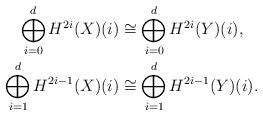
LaTeX: \begin{align*}\bigoplus^{d}_{i=0} H^{2i}({X})(i)&\cong \bigoplus^{d}_{i=0} H^{2i}({Y})(i),\\\bigoplus^{d}_{i=1} H^{2i-1}({X})(i)&\cong \bigoplus^{d}_{i=1} H^{2i-1}({Y})(i).\end{align*}